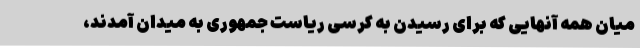
میان همه آنهایی که برای رسیدن به کرسی ریاست جمهوری به میدان آمدند،